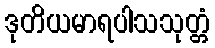
ဒုတိယမာရပါသသုတ္တံ